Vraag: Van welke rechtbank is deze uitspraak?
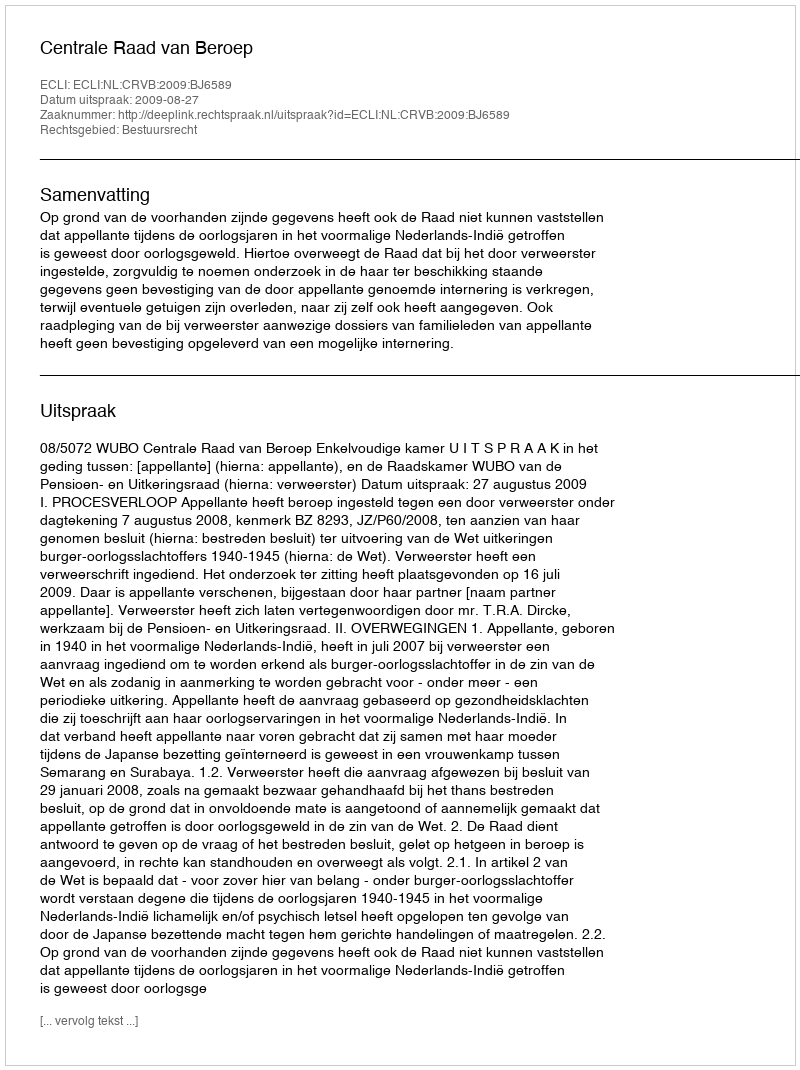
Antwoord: Centrale Raad van Beroep